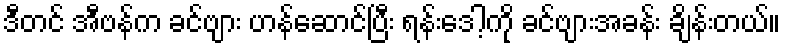
ဒီတင် အီဗန်က ခင်ဗျား ဟန်ဆောင်ပြီး ရန်းဒေါ့ကို ခင်ဗျားအခန်း ချိန်းတယ်။